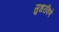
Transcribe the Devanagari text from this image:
सुधरविणे